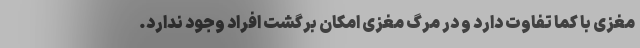
مغزی با کما تفاوت دارد و در مرگ مغزی امکان برگشت افراد وجود ندارد.